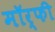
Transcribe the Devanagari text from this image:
मॉर्फी